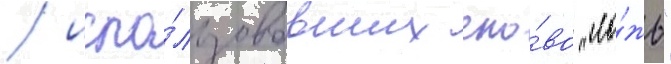
/ испо́льзовавших сло́во "ло́жь"